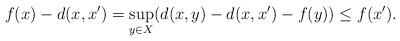
LaTeX: \begin{align*}f(x)-d(x,x')=\sup_{y\in X}(d(x,y)-d(x,x')-f(y))\leq f(x').\end{align*}